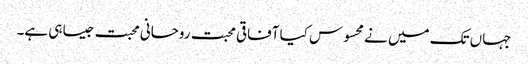
جہاں تک میں نے محسوس کیا آفاقی محبت روحانی محبت جیسا ہی ہے۔